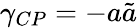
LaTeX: \gamma_{CP}=-a\tilde{a}